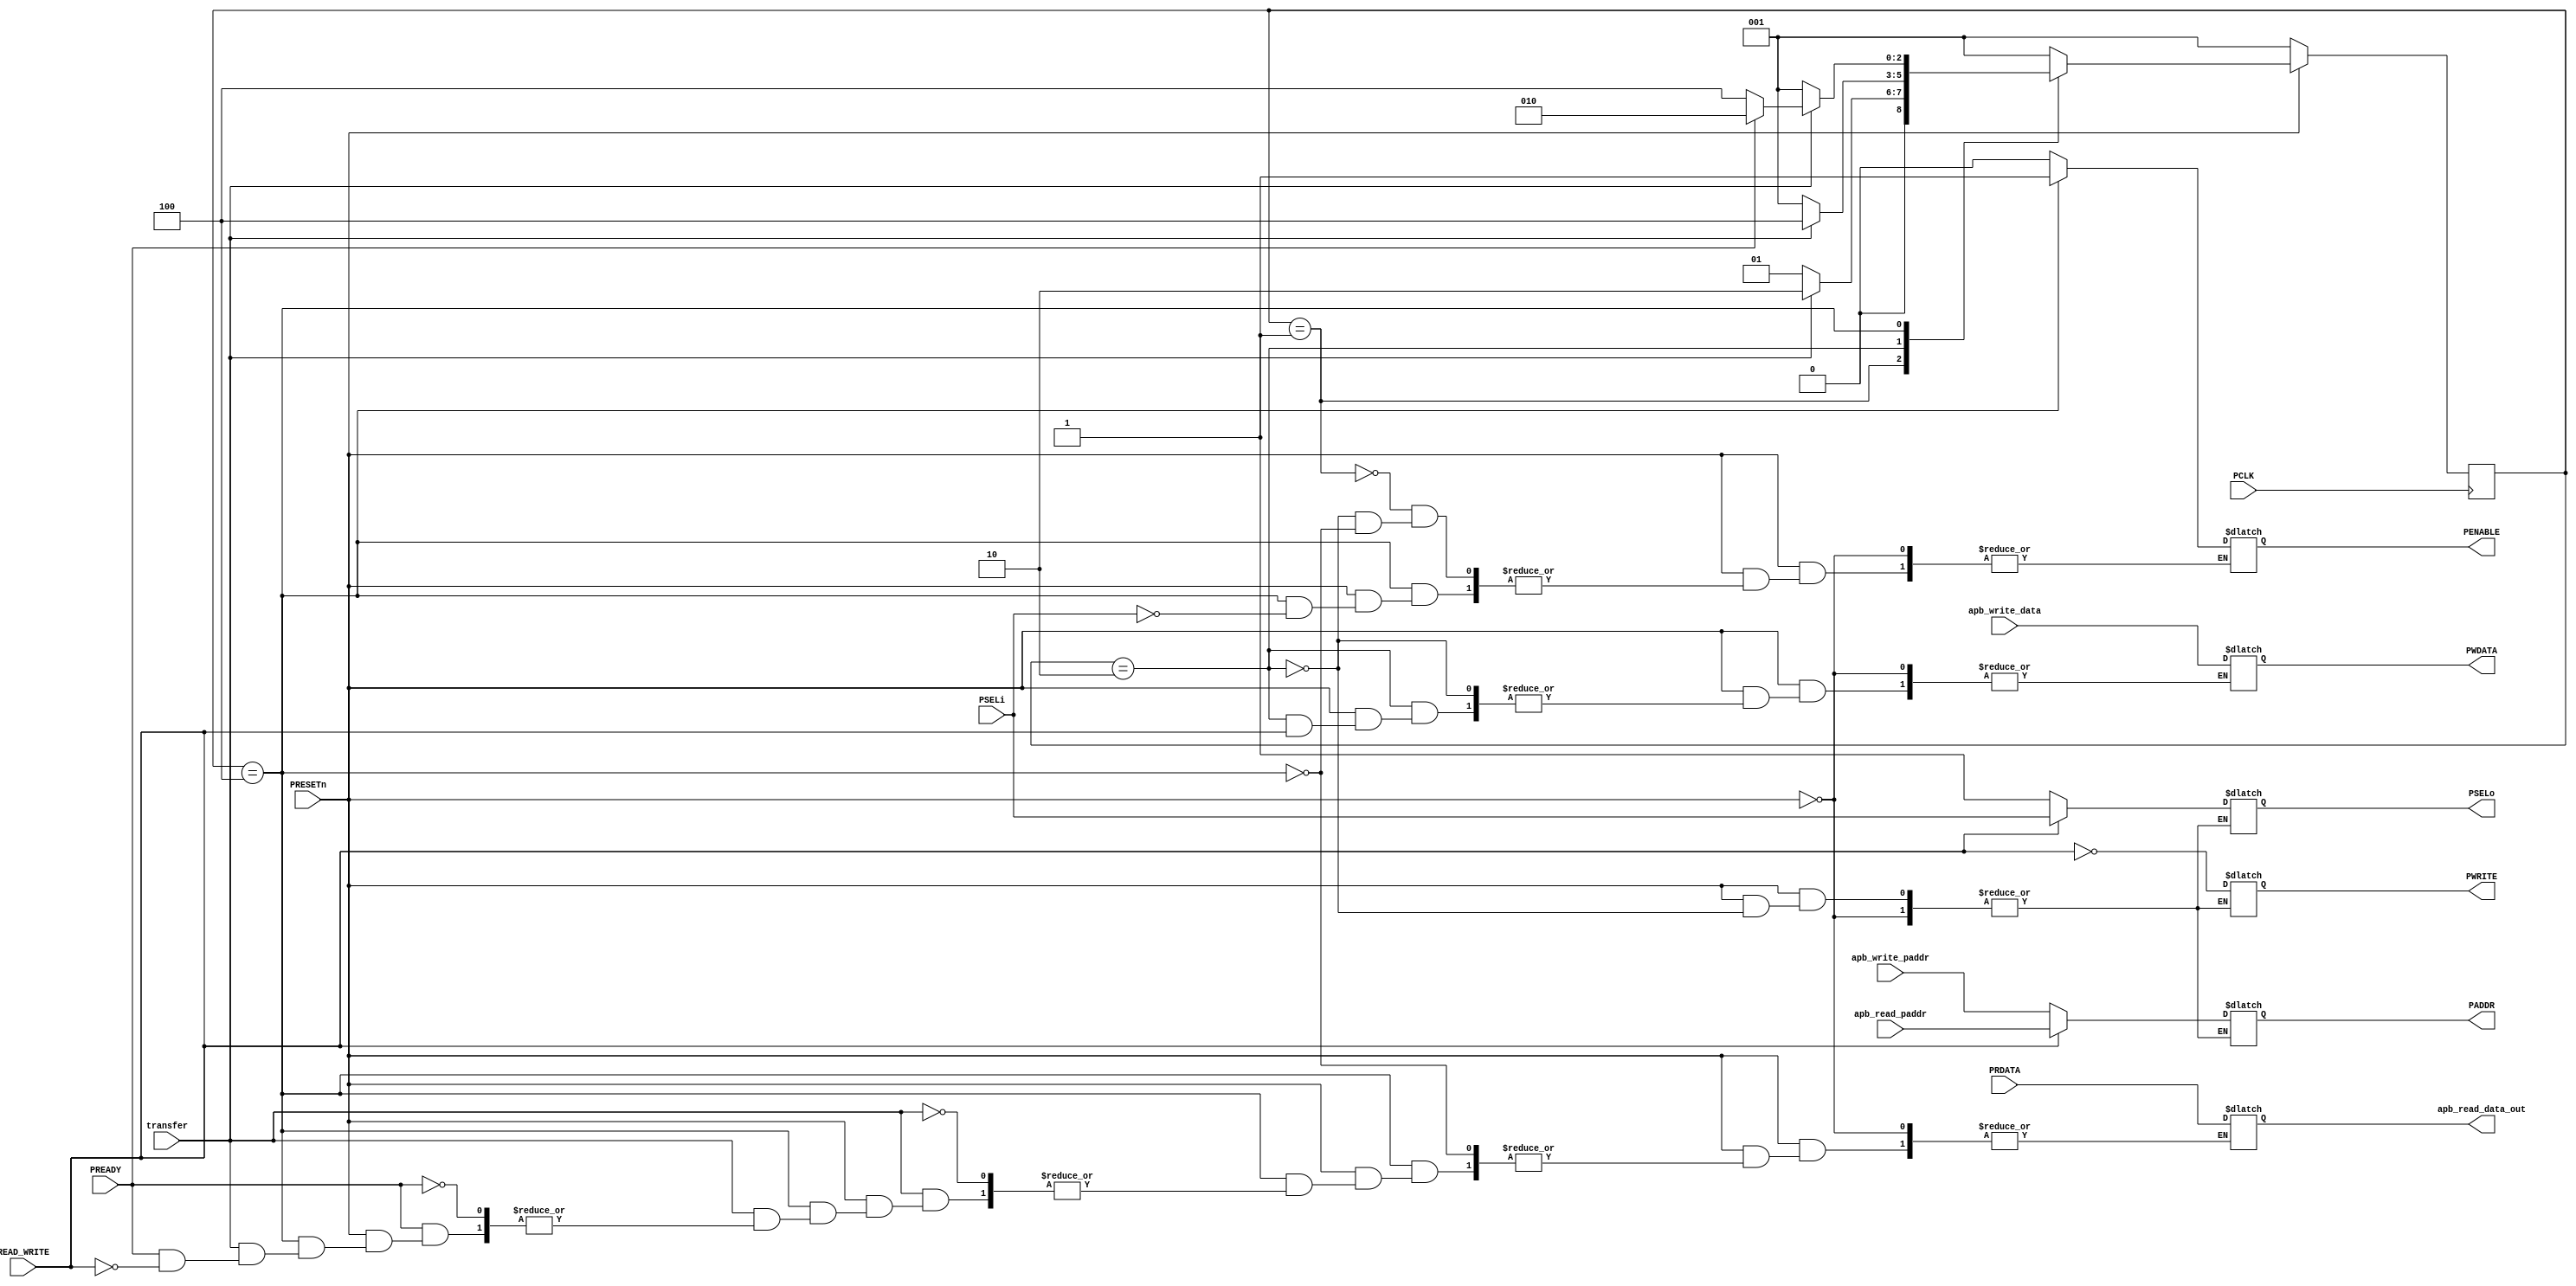
`timescale 1ns/1ns

module master_bridge(
	input [31:0]apb_write_paddr,apb_read_paddr,
	input [31:0] apb_write_data,PRDATA,         
	input PRESETn,PCLK,READ_WRITE,transfer,PREADY,
	input PSELi,
	output reg PSELo,
	output reg PENABLE,
	output reg [31:0]PADDR,
	output reg PWRITE,
	output reg [31:0]PWDATA,apb_read_data_out
	 ); 
       // integer i,count;
  reg [2:0] state, next_state;
  localparam IDLE = 3'b001, SETUP = 3'b010, ENABLE = 3'b100 ;


  always @(posedge PCLK)
  begin
	if(!PRESETn)
		state <= IDLE;
	else
		state <= next_state; 
  end



  always @(state,transfer,PREADY)

  begin
	if(!PRESETn)
	  next_state = IDLE;
	else
          begin
             //PWRITE = ~READ_WRITE;
	     case(state)
                  
		     IDLE: begin 
		              PENABLE =0;

		            if(!transfer)
	        	      next_state = IDLE ;
	                    else
			      next_state = SETUP;
	                   end

	       	SETUP:   begin
			    PENABLE =0;

			    if(READ_WRITE) 
				 //     @(posedge PCLK)
	        		begin   PADDR = apb_read_paddr;
							PSELo=PSELi;
							PWRITE=~READ_WRITE;
					 end          //read
			    else 
			      begin   
			          //@(posedge PCLK)
         		  PADDR = apb_write_paddr;           //write
				  PWDATA = apb_write_data;
				  PWRITE = ~READ_WRITE;
				  PSELo=1;  end
			    
			    if(transfer)
			      next_state = ENABLE;
		            else
           	              next_state = IDLE;
		           end

	       	ENABLE: 
		     begin if(PSELi)
		           PENABLE =1;
			         if(transfer )
			         begin
				          if(PREADY)
				          begin
					            if(!READ_WRITE)
				              begin
				              next_state = SETUP; end
					            else 
					            begin
					            next_state = SETUP; 
				              apb_read_data_out = PRDATA; 
					            end
			            end
				          else next_state = ENABLE; end
		          else next_state = IDLE;  //one line
			        end
			   
           default: next_state = IDLE; 
         	 endcase
       end
  end
     //assign PSEL1 = ((state != IDLE) ? (PADDR[31] ? {1'b0,1'b1} : {1'b1,1'b0}) : 2'd0);
 endmodule